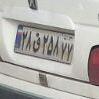
۲۸ق۲۵۸۷۷